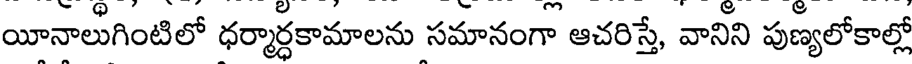
యీనాలుగింటిలో ధర్మార్ధకామాలను సమానంగా ఆచరిస్తే, వానిని పుణ్యలోకాల్లో